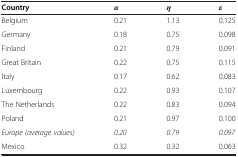
<table><thead><tr><td><b>Country</b></td><td><b><i>α</i></b></td><td><b><i>η</i></b></td><td><b><i>ε</i></b></td></tr></thead><tbody><tr><td>Belgium</td><td>0.21</td><td>1.13</td><td>0.125</td></tr><tr><td>Germany</td><td>0.18</td><td>0.75</td><td>0.098</td></tr><tr><td>Finland</td><td>0.21</td><td>0.79</td><td>0.091</td></tr><tr><td>Great Britain</td><td>0.22</td><td>0.75</td><td>0.115</td></tr><tr><td>Italy</td><td>0.17</td><td>0.62</td><td>0.083</td></tr><tr><td>Luxembourg</td><td>0.22</td><td>0.93</td><td>0.107</td></tr><tr><td>The Netherlands</td><td>0.22</td><td>0.83</td><td>0.094</td></tr><tr><td>Poland</td><td>0.21</td><td>0.97</td><td>0.100</td></tr><tr><td><i>Europe (average values)</i></td><td><i>0.20</i></td><td><i>0.79</i></td><td><i>0.097</i></td></tr><tr><td>Mexico</td><td>0.32</td><td>0.32</td><td>0.063</td></tr></tbody></table>